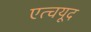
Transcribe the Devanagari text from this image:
एत्चयूद